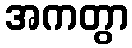
အကတွာ